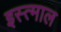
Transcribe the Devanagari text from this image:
इस्त्माल